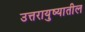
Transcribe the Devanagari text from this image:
उत्तरायुष्यातील